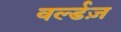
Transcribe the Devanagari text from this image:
वर्ल्डज़